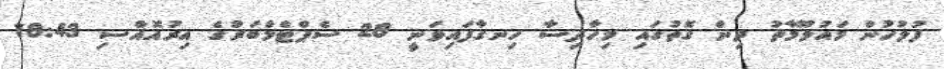
ފުލުހުން މައުލޫމާތު ދިން ގޮތުގައި މިހާދިސާ ހިނގާފައިވަނީ 28 ސެޕްޓެމްބަރުގެ އިރުއޮއްސި 18:43